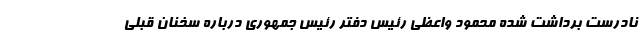
نادرست برداشت شده محمود واعظی رئیس دفتر رئیس جمهوری درباره سخنان قبلی